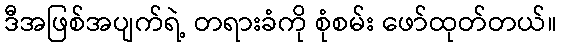
ဒီအဖြစ်အပျက်ရဲ့ တရားခံကို စုံစမ်း ဖော်ထုတ်တယ်။